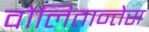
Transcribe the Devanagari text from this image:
वोलितान्तेस